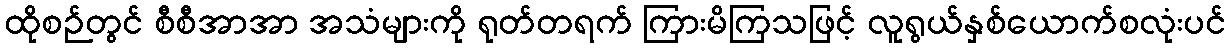
ထိုစဉ်တွင် စီစီအာအာ အသံများကို ရုတ်တရက် ကြားမိကြသဖြင့် လူရွယ်နှစ်ယောက်စလုံးပင်